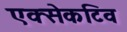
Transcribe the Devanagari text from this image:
एक्सेकटिव